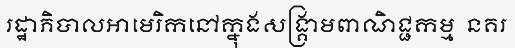
រដ្ឋាភិបាលអាមេរិកនៅក្នុងសង្គ្រាមពាណិជ្ជកម្ម  នគរ